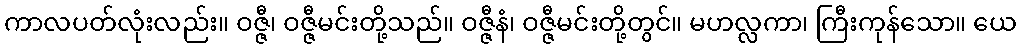
ကာလပတ်လုံးလည်း။ ဝဇ္ဇီ၊ ဝဇ္ဇီမင်းတို့သည်။ ဝဇ္ဇီနံ၊ ဝဇ္ဇီမင်းတို့တွင်။ မဟလ္လကာ၊ ကြီးကုန်သော။ ယေ